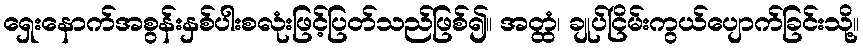
ရှေးနောက်အစွန်းနှစ်ပါးစလုံးဖြင့်ပြတ်သည်ဖြစ်၍။ အတ္ထံ၊ ချုပ်ငြိမ်းကွယ်ပျောက်ခြင်းသို့။